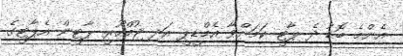
އެންމެ ބޮޑު ދެ ޕާޓީ ކަމަށްވާ އެމްޑީޕީ އަދި ޖުމްހޫރީ ޕާޓީން އެޕާޓީގެ